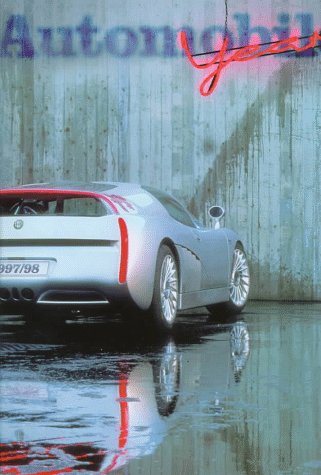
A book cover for Automobile Year 1997/98 (Automobile Year/L'annee Automobile/Auto-Jahr); Engineering & Transportation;